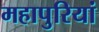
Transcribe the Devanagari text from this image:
महापुरियां